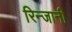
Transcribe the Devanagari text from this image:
रिन्जानी